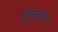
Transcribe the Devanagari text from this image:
मुद्द्यांवरील